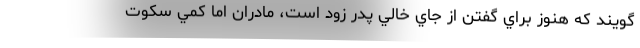
‌گويند كه هنوز براي گفتن از جاي خالي پدر زود است، مادران اما كمي سكوت